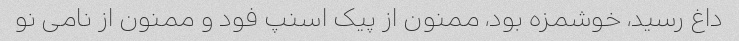
داغ رسید، خوشمزه بود، ممنون از پیک اسنپ فود و ممنون از نامی نو